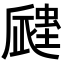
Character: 𧏁